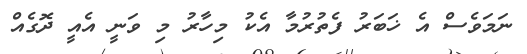
ނަމަވެސް އެ ޚަބަރު ފެތުރުމާ އެކު މިހާރު މި ވަނީ އެއީ ދޮގެއް